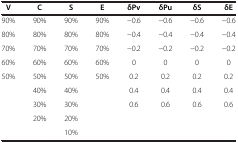
<table><thead><tr><td><b>V</b></td><td><b>C</b></td><td><b>S</b></td><td><b>E</b></td><td><b>δPv</b></td><td><b>δPu</b></td><td><b>δS</b></td><td><b>δE</b></td></tr></thead><tbody><tr><td>90%</td><td>90%</td><td>90%</td><td>90%</td><td>−0.6</td><td>−0.6</td><td>−0.6</td><td>−0.6</td></tr><tr><td>80%</td><td>80%</td><td>80%</td><td>80%</td><td>−0.4</td><td>−0.4</td><td>−0.4</td><td>−0.4</td></tr><tr><td>70%</td><td>70%</td><td>70%</td><td>70%</td><td>−0.2</td><td>−0.2</td><td>−0.2</td><td>−0.2</td></tr><tr><td>60%</td><td>60%</td><td>60%</td><td>60%</td><td>0</td><td>0</td><td>0</td><td>0</td></tr><tr><td>50%</td><td>50%</td><td>50%</td><td>50%</td><td>0.2</td><td>0.2</td><td>0.2</td><td>0.2</td></tr><tr><td> </td><td>40%</td><td>40%</td><td> </td><td>0.4</td><td>0.4</td><td>0.4</td><td>0.4</td></tr><tr><td> </td><td>30%</td><td>30%</td><td> </td><td>0.6</td><td>0.6</td><td>0.6</td><td>0.6</td></tr><tr><td> </td><td>20%</td><td>20%</td><td> </td><td> </td><td> </td><td> </td><td> </td></tr><tr><td> </td><td> </td><td>10%</td><td> </td><td> </td><td> </td><td> </td><td> </td></tr></tbody></table>